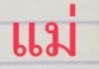
แม่